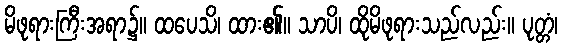
မိဖုရားကြီးအရာ၌။ ထပေသိ၊ ထား၏။ သာပိ၊ ထိုမိဖုရားသည်လည်း။ ပုတ္တံ၊